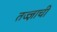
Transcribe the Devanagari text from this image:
तज्ज्ञाची